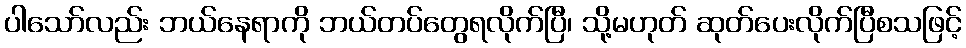
ပါသော်လည်း ဘယ်နေရာကို ဘယ်တပ်တွေရလိုက်ပြီ၊ သို့မဟုတ် ဆုတ်ပေးလိုက်ပြီစသဖြင့်